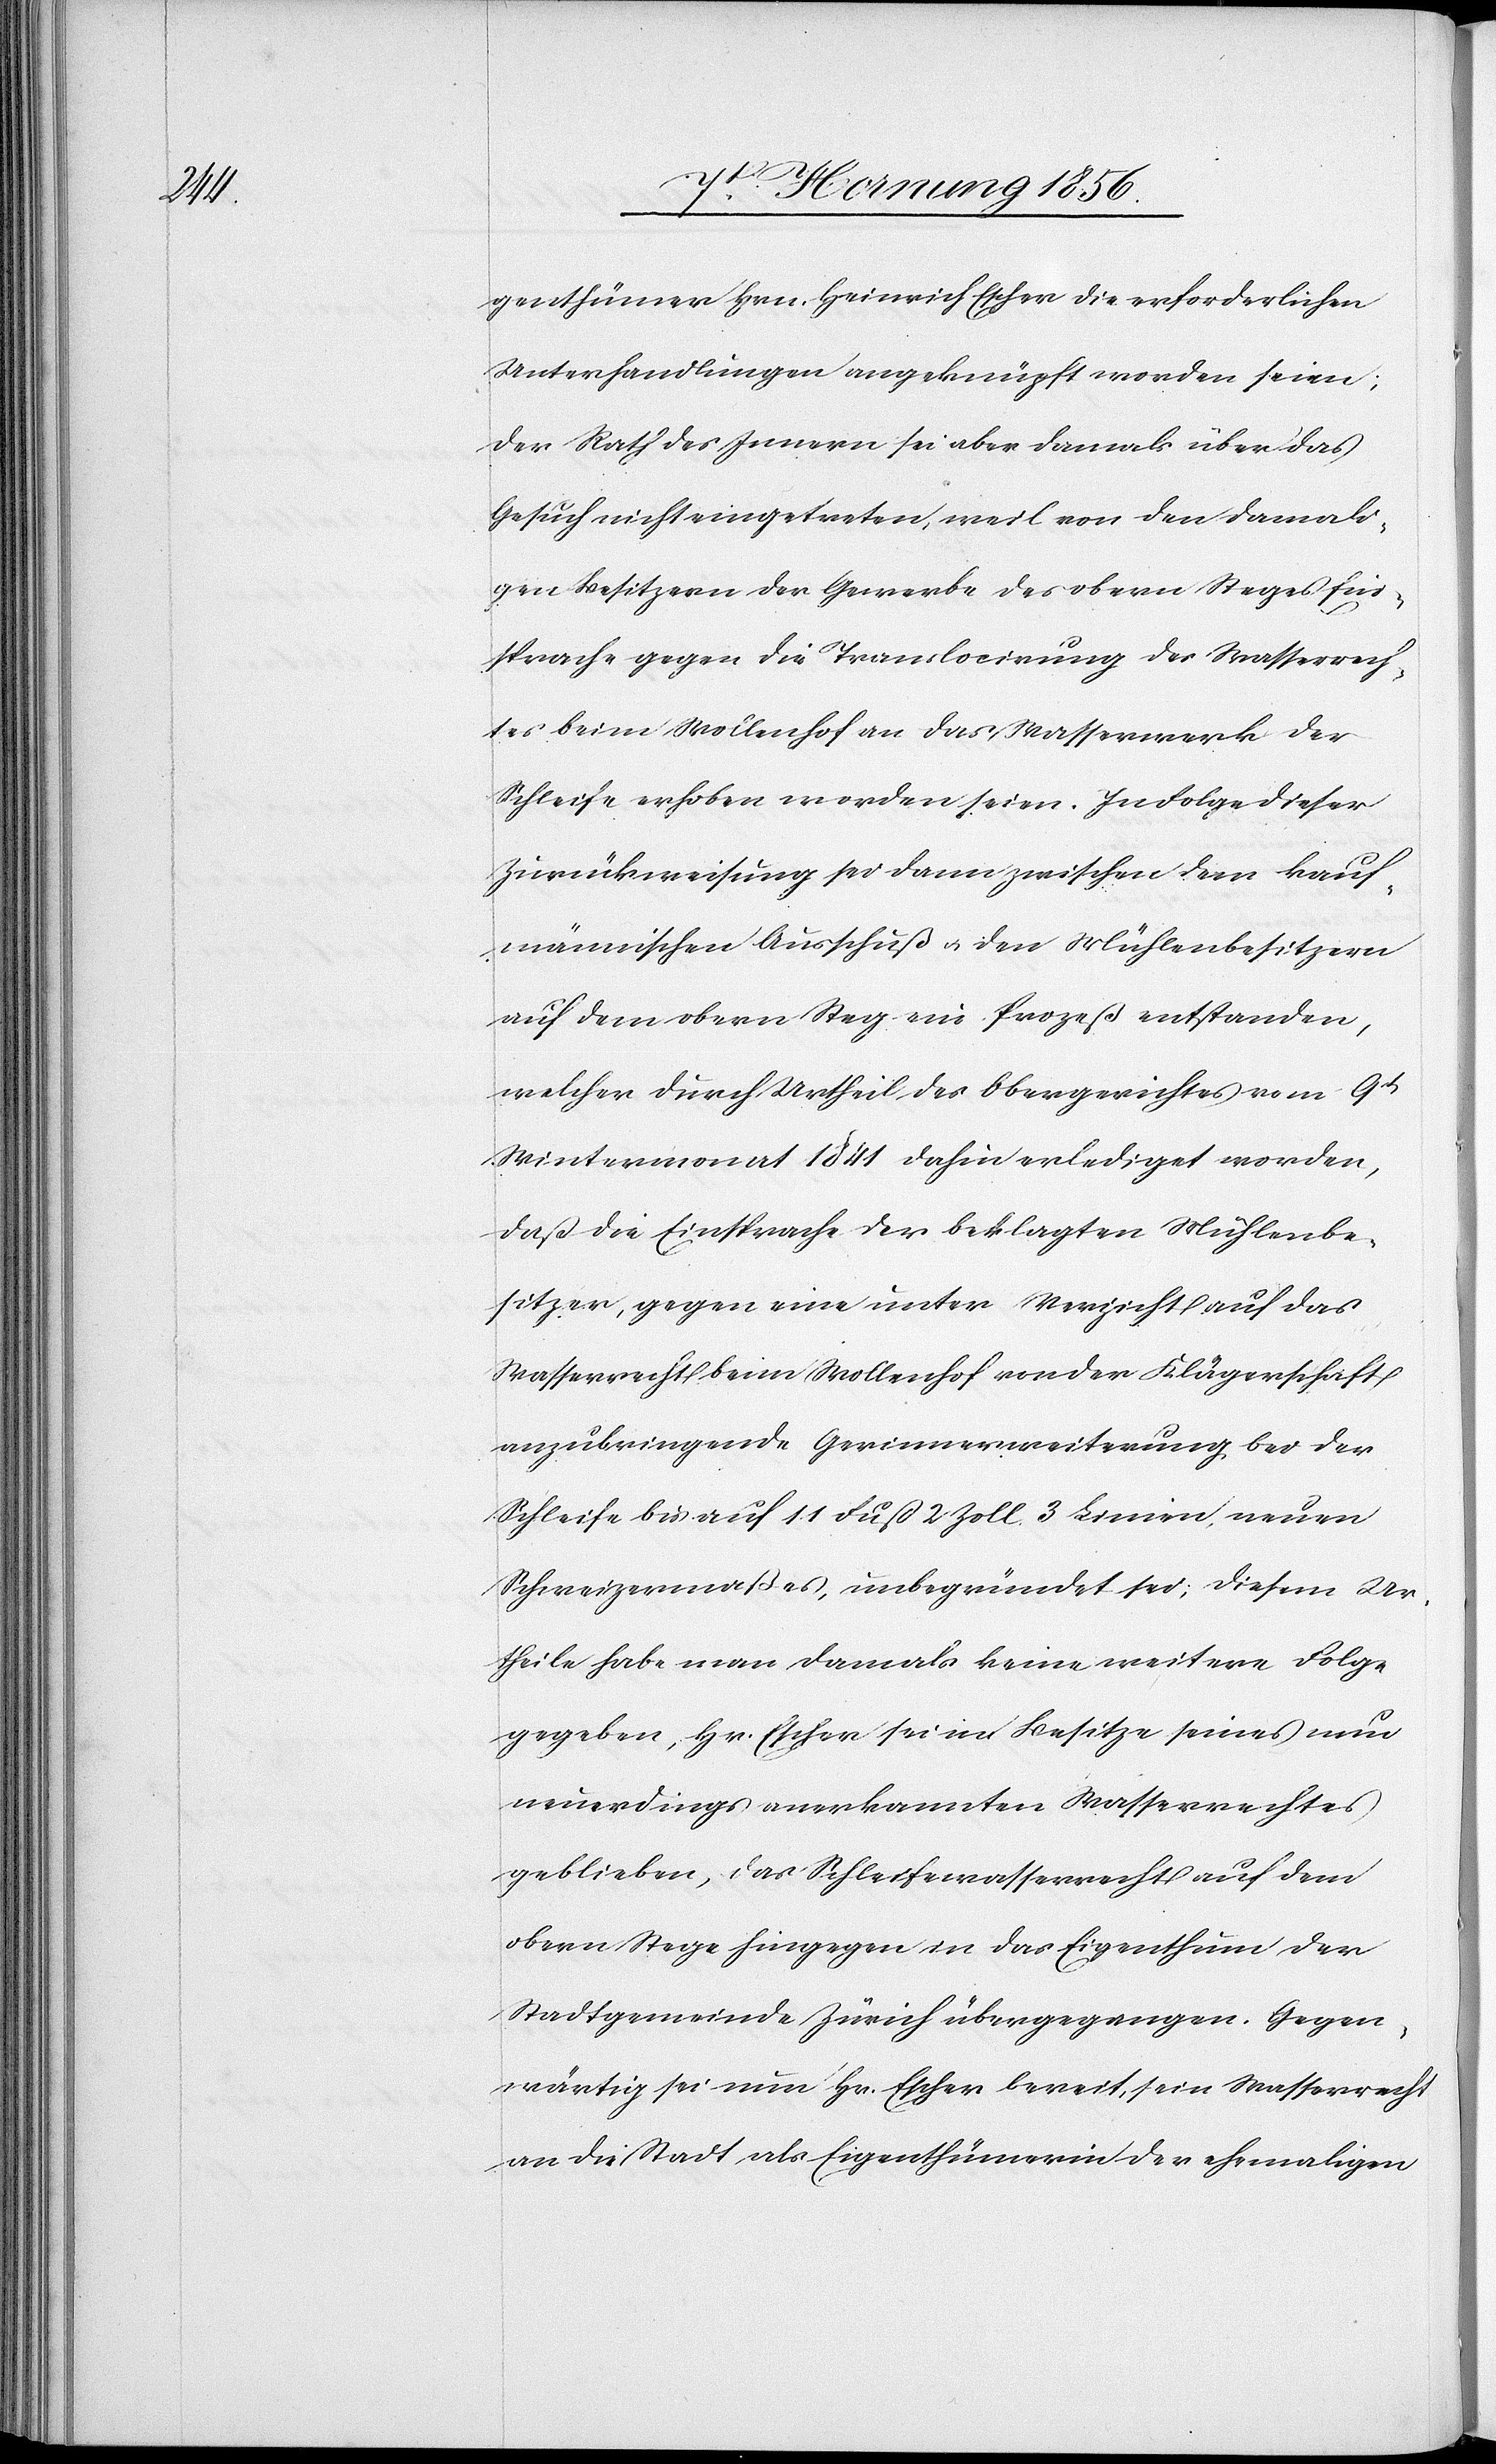
genthümer Hrn. Heinrich Escher die erforderlichen
Unterhandlungen angeknüpft worden seien;
der Rath des Innern sei aber damals über das
Gesuch nicht eingetreten, weil von den damali¬
gen Besitzern der Gewerbe des obern Steges Ein¬
sprache gegen die Translocirung des Wasserrech¬
tes beim Wollenhof an das Wasserwerk der
Schleife erhoben worden seien. In Folge dieser
Zurückweisung sei dann zwischen dem kauf¬
männischen Ausschuß u. den Mühlenbesitzern
auf dem obern Steg ein Prozeß entstanden,
welcher durch Urtheil des Obergerichtes vom 9t
Wintermonat 1841 dahin erlediget worden,
daß die Einsprache der beklagten Mühlenbe¬
sitzer, gegen eine unter Verzicht auf das
Wasserrecht beim Wollenhof von der Klägerschaft
anzubringende Gerinnerweiterung bei der
Schleife bis auf 11 Fuß 2 Zoll 3 Linien, neuen
Schweizermaßes, unbegründet sei; diesem Ur¬
theile habe man damals keine weitere Folge
gegeben, Hr. Escher sei im Besitze seines nun
neuerdings anerkannten Wasserrechtes
geblieben, das Schleifewasserrecht auf dem
obern Stege hingegen in das Eigenthum der
Stadtgemeinde Zürich übergegangen. Gegen¬
wärtig sei nun Hr. Escher bereit, sein Wasserrecht
an die Stadt als Eigenthümerin der ehemaligen